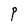
Character: P